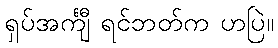
ရှပ်အင်္ကျီ ရင်ဘတ်က ဟပြဲ။